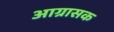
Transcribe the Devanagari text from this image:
आग्रासक